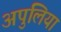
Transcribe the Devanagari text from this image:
अपुलिया